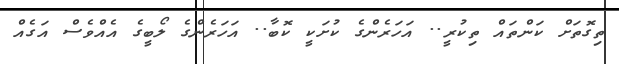
ތިގޮތަށް ކަންތައް ތިކުރީ.. އަހަރެންގެ ކުށަކީ ކޮބާ.. އަހަރެންގެ ލޯބީގެ އެއްވެސް އަގެއް